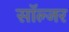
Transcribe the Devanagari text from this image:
साॅल्जर